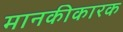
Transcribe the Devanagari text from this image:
मानकीकारक